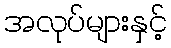
အလုပ်များနှင့်